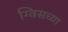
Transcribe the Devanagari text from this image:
ग्विसच्या